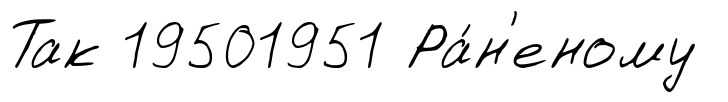
Так 19501951 Ра́н'еному